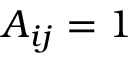
A _ { i j } = 1